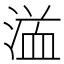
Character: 𱧤